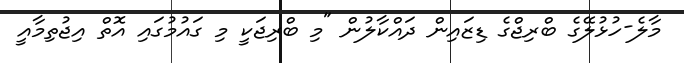
މާލެ-ހުޅުލޭގެ ބްރިޖްގެ ޑިޒައިން ދައްކާލުން "މި ބްރިޖަކީ މި ގައުމުގައި އޮތް އިޖުތިމާއީ